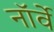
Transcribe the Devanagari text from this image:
नाॅर्वे